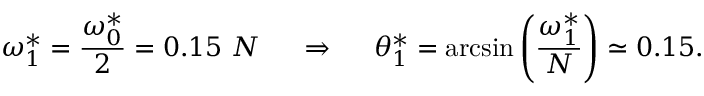
\omega _ { 1 } ^ { * } = \frac { \omega _ { 0 } ^ { * } } { 2 } = 0 . 1 5 ~ N ~ ~ ~ ~ \Rightarrow ~ ~ ~ ~ \theta _ { 1 } ^ { * } = \arcsin \left( \frac { \omega _ { 1 } ^ { * } } { N } \right) \simeq 0 . 1 5 .